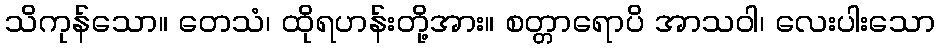
သိကုန်သော။ တေသံ၊ ထိုရဟန်းတို့အား။ စတ္တာရောပိ အာသဝါ၊ လေးပါးသော